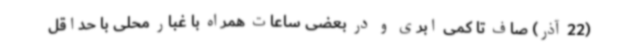
(22 آذر) صاف تا کمی ابری و در بعضی ساعات همراه با غبار محلی با حداقل